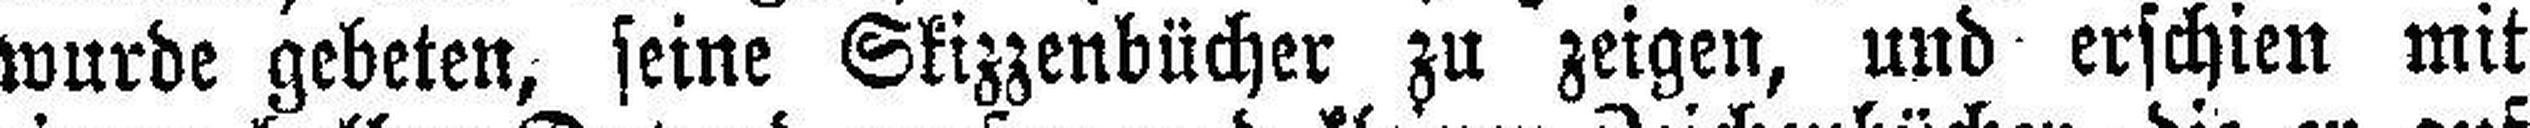
wurde gebeten, seine Skizzenbücher zu zeigen, und erschien mit